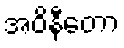
အဝိနီတော